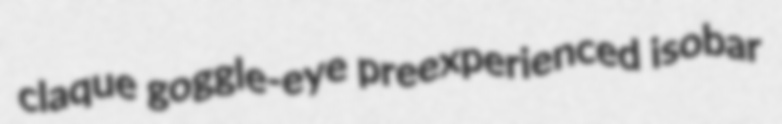
claque goggle-eye preexperienced isobar